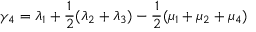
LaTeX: \gamma _ { 4 } = \lambda _ { 1 } + \frac { 1 } { 2 } ( \lambda _ { 2 } + \lambda _ { 3 } ) - \frac { 1 } { 2 } ( \mu _ { 1 } + \mu _ { 2 } + \mu _ { 4 } )